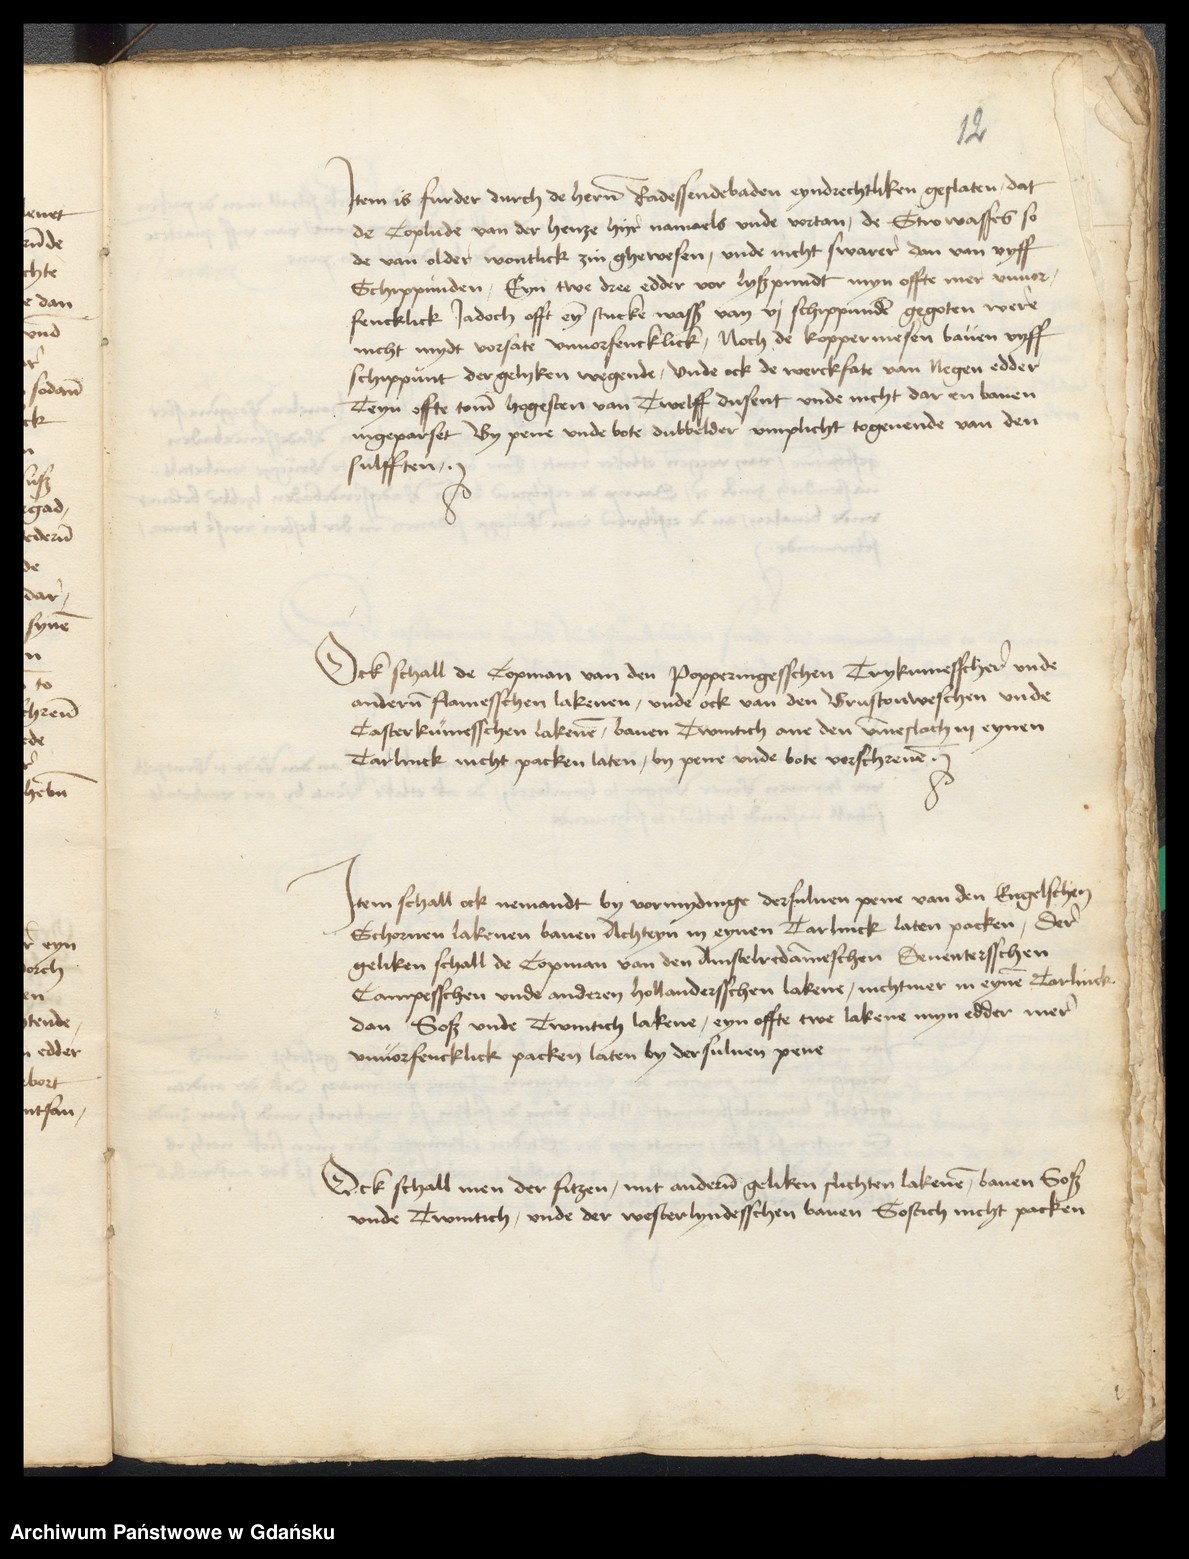
12

Jtem is furder durch de heren Radessendebaden eyndrechtliken geslaten, dat
de Coplude van der henze hyr namaels vnde vortan, de Stro wasses so
de van older wontlick zin ghewesen, vnde nicht swarer dan van vyff
Schippunden, Eyn twe dree edder vor lyßpundt myn offte mer vnuor¬
fencklick Jadoch offt eyn stucke wass van vj schippunden gegoten were
nicht mydt vorsate vnuorfencklick, Noch de koppermesen bauen vyff
schippunt der gelyken wegende, vnde ock de werckfate van Negen edder
Teyn offte tome hogesten van Twelff dusent vnde nicht dar en bauen
ingeparset By pene vnde bote dubbelder vmplicht togeuende van den
sulfften.

Ock schall de Copman van den Popperingesschen Trykumesscheren vnde
anderen flamesschen lakenen, vnde ock van den Brustoweschen vnde
Casterkumesschen lakenen, bauen Twintich ane den vmmeslach in eynen
Terlinck nicht packen laten, by pene vnde bote vorschreuen.

Jtem schall ock nemandt by vormydinge dersuluen pene van den Engelschen
Schoruen lakenen bauen Achteyn in eynen Tarlinck laten packen, der
geliken schall de Copman van den Amstelredammeschen Deuentersschen
Campesschen vnde anderen hollandersschen lakene, nichtmer in eynen Tarlinck
dan Soß vnde Twintich lakene, eyn offte twe lakene myn edder mer
vnuorfencklick packen laten by dersuluen pene.

Ock schall men der fitzen, mit anderen geliken slichten lakenen, bauen Soß
vnde Twintich, vnde der westerlyndesschen bauen Sostich nicht packen